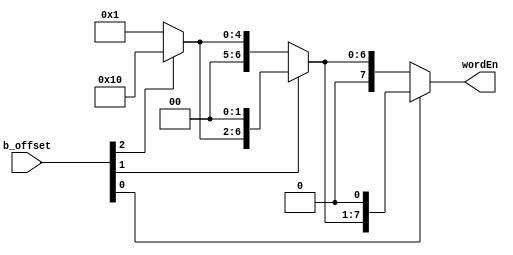
module wordEnable (input[2:0] b_offset, output[7:0] wordEn);

    wire [7:0] shift_4, shift_2;

    assign shift_4 = (b_offset[2]) ? {{7{1'b0}}, 1'b1} << 4 : {{7{1'b0}}, 1'b1};
    assign shift_2 = (b_offset[1]) ? shift_4 << 2 : shift_4;
    assign wordEn = (b_offset[0]) ? shift_2 << 1: shift_2;

endmodule